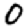
Digit: 0